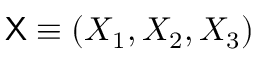
{ \sf X } \equiv \left( X _ { 1 } , X _ { 2 } , X _ { 3 } \right)